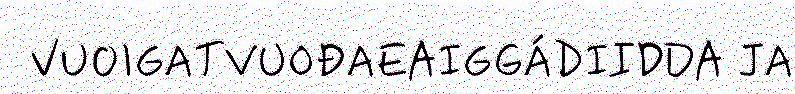
VUOIGATVUOĐAEAIGGÁDIIDDA JA